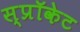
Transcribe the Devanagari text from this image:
स्प्रॉकेट